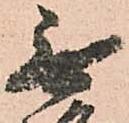
無